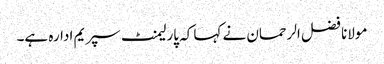
مولانا فضل الرحمان نے کہا کہ پارلیمنٹ سپریم ادارہ ہے۔